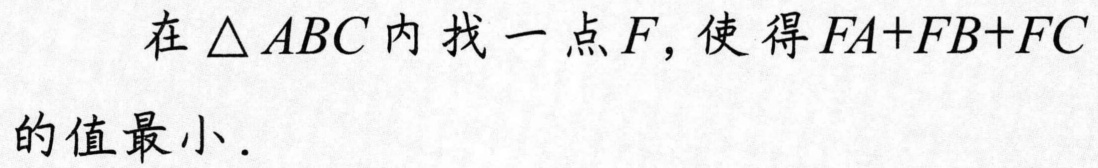
在\(\triangle ABC\)内找一点\(F\)，使得\(FA + FB+FC\)的值最小．